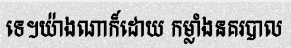
ទេ។យ៉ាងណាក៏ដោយ កម្លាំងនគរបាល